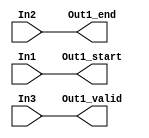
// -------------------------------------------------------------
// 
// 
// Generated by MATLAB 9.13 and HDL Coder 4.0
// 
// -------------------------------------------------------------


// -------------------------------------------------------------
// 
// Module: whdlOFDMTx_Sample_Control_Bus_Creator_block
// Source Path: whdlOFDMTx/Frame Generator/Header/Create Control Bus/Sample Control Bus Creator
// Hierarchy Level: 5
// 
// -------------------------------------------------------------

`timescale 1 ns / 1 ns

module whdlOFDMTx_Sample_Control_Bus_Creator_block
          (In1,
           In2,
           In3,
           Out1_start,
           Out1_end,
           Out1_valid);


  input   In1;
  input   In2;
  input   In3;
  output  Out1_start;
  output  Out1_end;
  output  Out1_valid;




  assign Out1_start = In1;

  assign Out1_end = In2;

  assign Out1_valid = In3;

endmodule  // whdlOFDMTx_Sample_Control_Bus_Creator_block